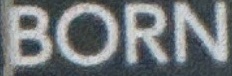
BORN